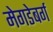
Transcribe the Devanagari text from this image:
मेगडेबर्ग